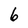
Character: 6